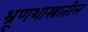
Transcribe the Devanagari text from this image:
भ्रूणशास्त्रातील